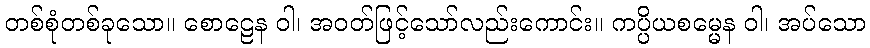
တစ်စုံတစ်ခုသော။ စောဠေန ဝါ၊ အဝတ်ဖြင့်သော်လည်းကောင်း။ ကပ္ပိယစမ္မေန ဝါ၊ အပ်သော